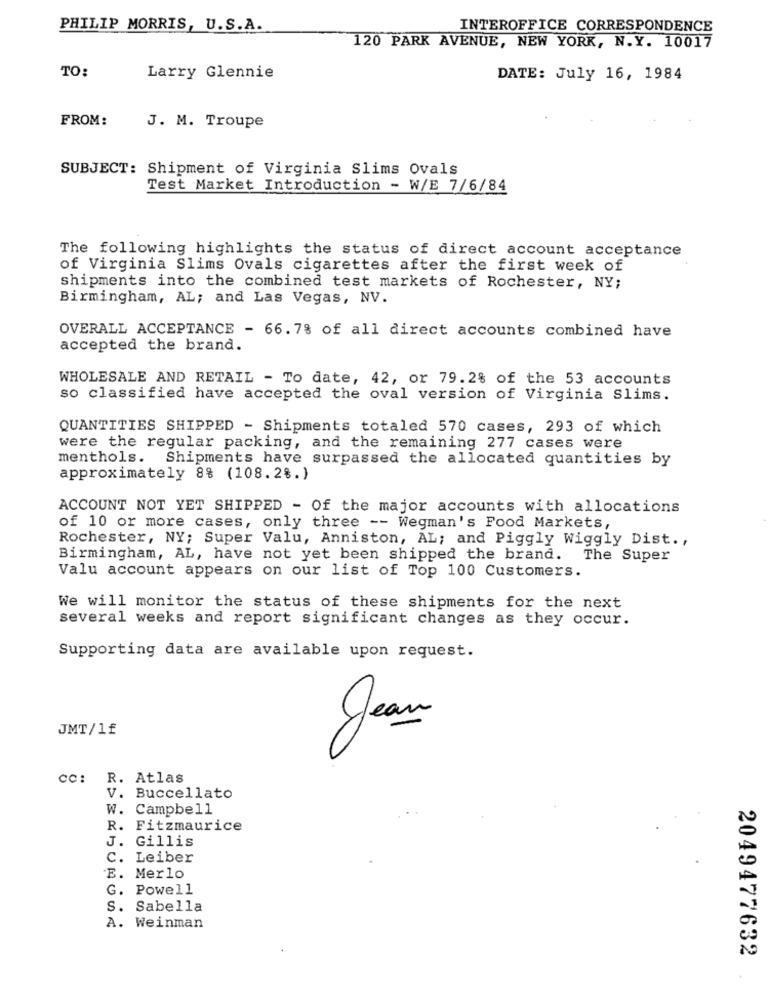
PHILIP MORRIS, U.S.A.
INTEROFFICE CORRESPONDENCE
120 PARK AVENUE, NEW YORK, N.Y. 10017
TO:
Larry Glennie
DATE: July 16, 1984
FROM:
J. M. Troupe
SUBJECT: Shipment of Virginia Slims Ovals
Test Market Introduction - W/E 7/6/84
The following highlights the status of direct account acceptance
of Virginia Slims Ovals cigarettes after the first week of
shipments into the combined test markets of Rochester, NY;
Birmingham, AL; and Las Vegas, NV.
OVERALL ACCEPTANCE - 66.7% of all direct accounts combined have
accepted the brand.
WHOLESALE AND RETAIL - To date, 42, or 79.2% of the 53 accounts
so classified have accepted the oval version of Virginia Slims.
QUANTITIES SHIPPED - Shipments totaled 570 cases, 293 of which
were the regular packing, and the remaining 277 cases were
menthols.
Shipments have surpassed the allocated quantities by
approximately 8% (108.2%.)
ACCOUNT NOT YET SHIPPED - Of the major accounts with allocations
of 10 or more cases, only three -- Wegman's Food Markets,
Rochester, NY; Super Valu, Anniston, AL; and Piggly Wiggly Dist .,
Birmingham, AL, have not yet been shipped the brand.
The Super
Valu account appears on our list of Top 100 Customers.
We will monitor the status of these shipments for the next
several weeks and report significant changes as they occur.
Supporting data are available upon request.
JMT/1£
Jean
cc:
R. Atlas
V. Buccellato
W. Campbell
R. Fitzmaurice
J. Gillis
C. Leiber
E. Merlo
G. Powell
S. Sabella
A. Weinman
2049477632